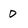
Character: 0